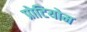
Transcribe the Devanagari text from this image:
प्रोटियोम